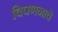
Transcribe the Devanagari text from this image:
विपणनाचे